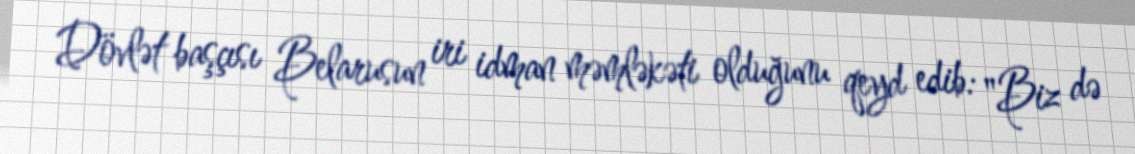
Dövlət başçısı Belarusun iri idman məmləkəti olduğunu qeyd edib: "Biz də